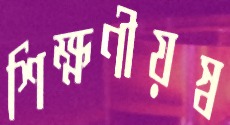
শিক্ষণীয়স্ব